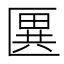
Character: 㔴